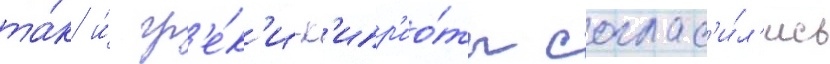
та́к и́ гр'е́к'и-к'ипр'ио́ты соглас'и́л'ись